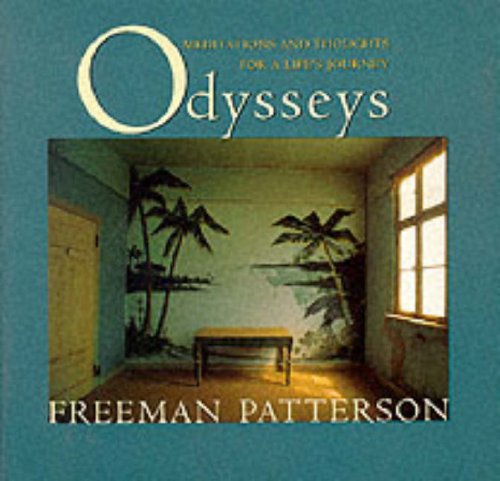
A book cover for Odysseys Mediations and Thoughts for a Life's Journey; Freeman Patterson; Travel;